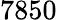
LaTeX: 7850